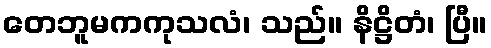
တေဘူမကကုသလံ၊ သည်။ နိဋ္ဌိတံ၊ ပြီ။